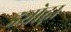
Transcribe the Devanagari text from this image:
ड्योढ़ा